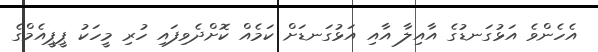
އެހެންވެ އަޅުގަނޑުގެ އާއިލާ އާއި އަޅުގަނޑަށް ކަމެއް ކޮށްދެވިފައި ހުރި މީހަކު ޕީޕީއެމްގެ